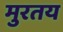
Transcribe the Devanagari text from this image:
मुरतय